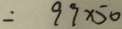
= 9 9 \times 5 0